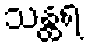
သန္ထရ